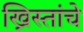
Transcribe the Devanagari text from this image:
ख्रिस्तांचे